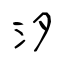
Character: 汐